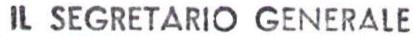
IL SEGRETARIO GENERALE